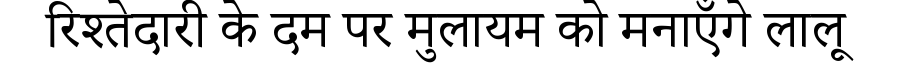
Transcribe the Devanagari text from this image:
रिश्तेदारी के दम पर मुलायम को मनाएँगे लालू